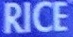
RICE